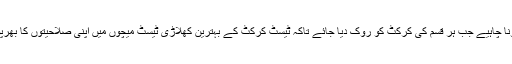
انہوں نے تجویز دی کہ پورے سال میں ایک وقت ایسا بھی ہونا چاہیے جب ہر قسم کی کرکٹ کو روک دیا جائے تاکہ ٹیسٹ کرکٹ کے بہترین کھلاڑی ٹیسٹ میچوں میں اپنی صلاحیتوں کا بھرپور مظاہرہ کرسکیں جس سے شائقین کرکٹ محظوظ ہوسکیں۔